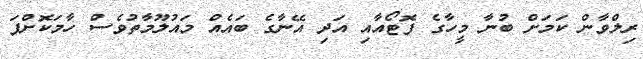
ރިލްވާން ކަމަށް ބުނާ މީހާގެ ފޮޓޯއާއި އަދި އޭނާގެ ބައެއް މައުލޫމާތުވެސް ހާމަކޮށްފަ